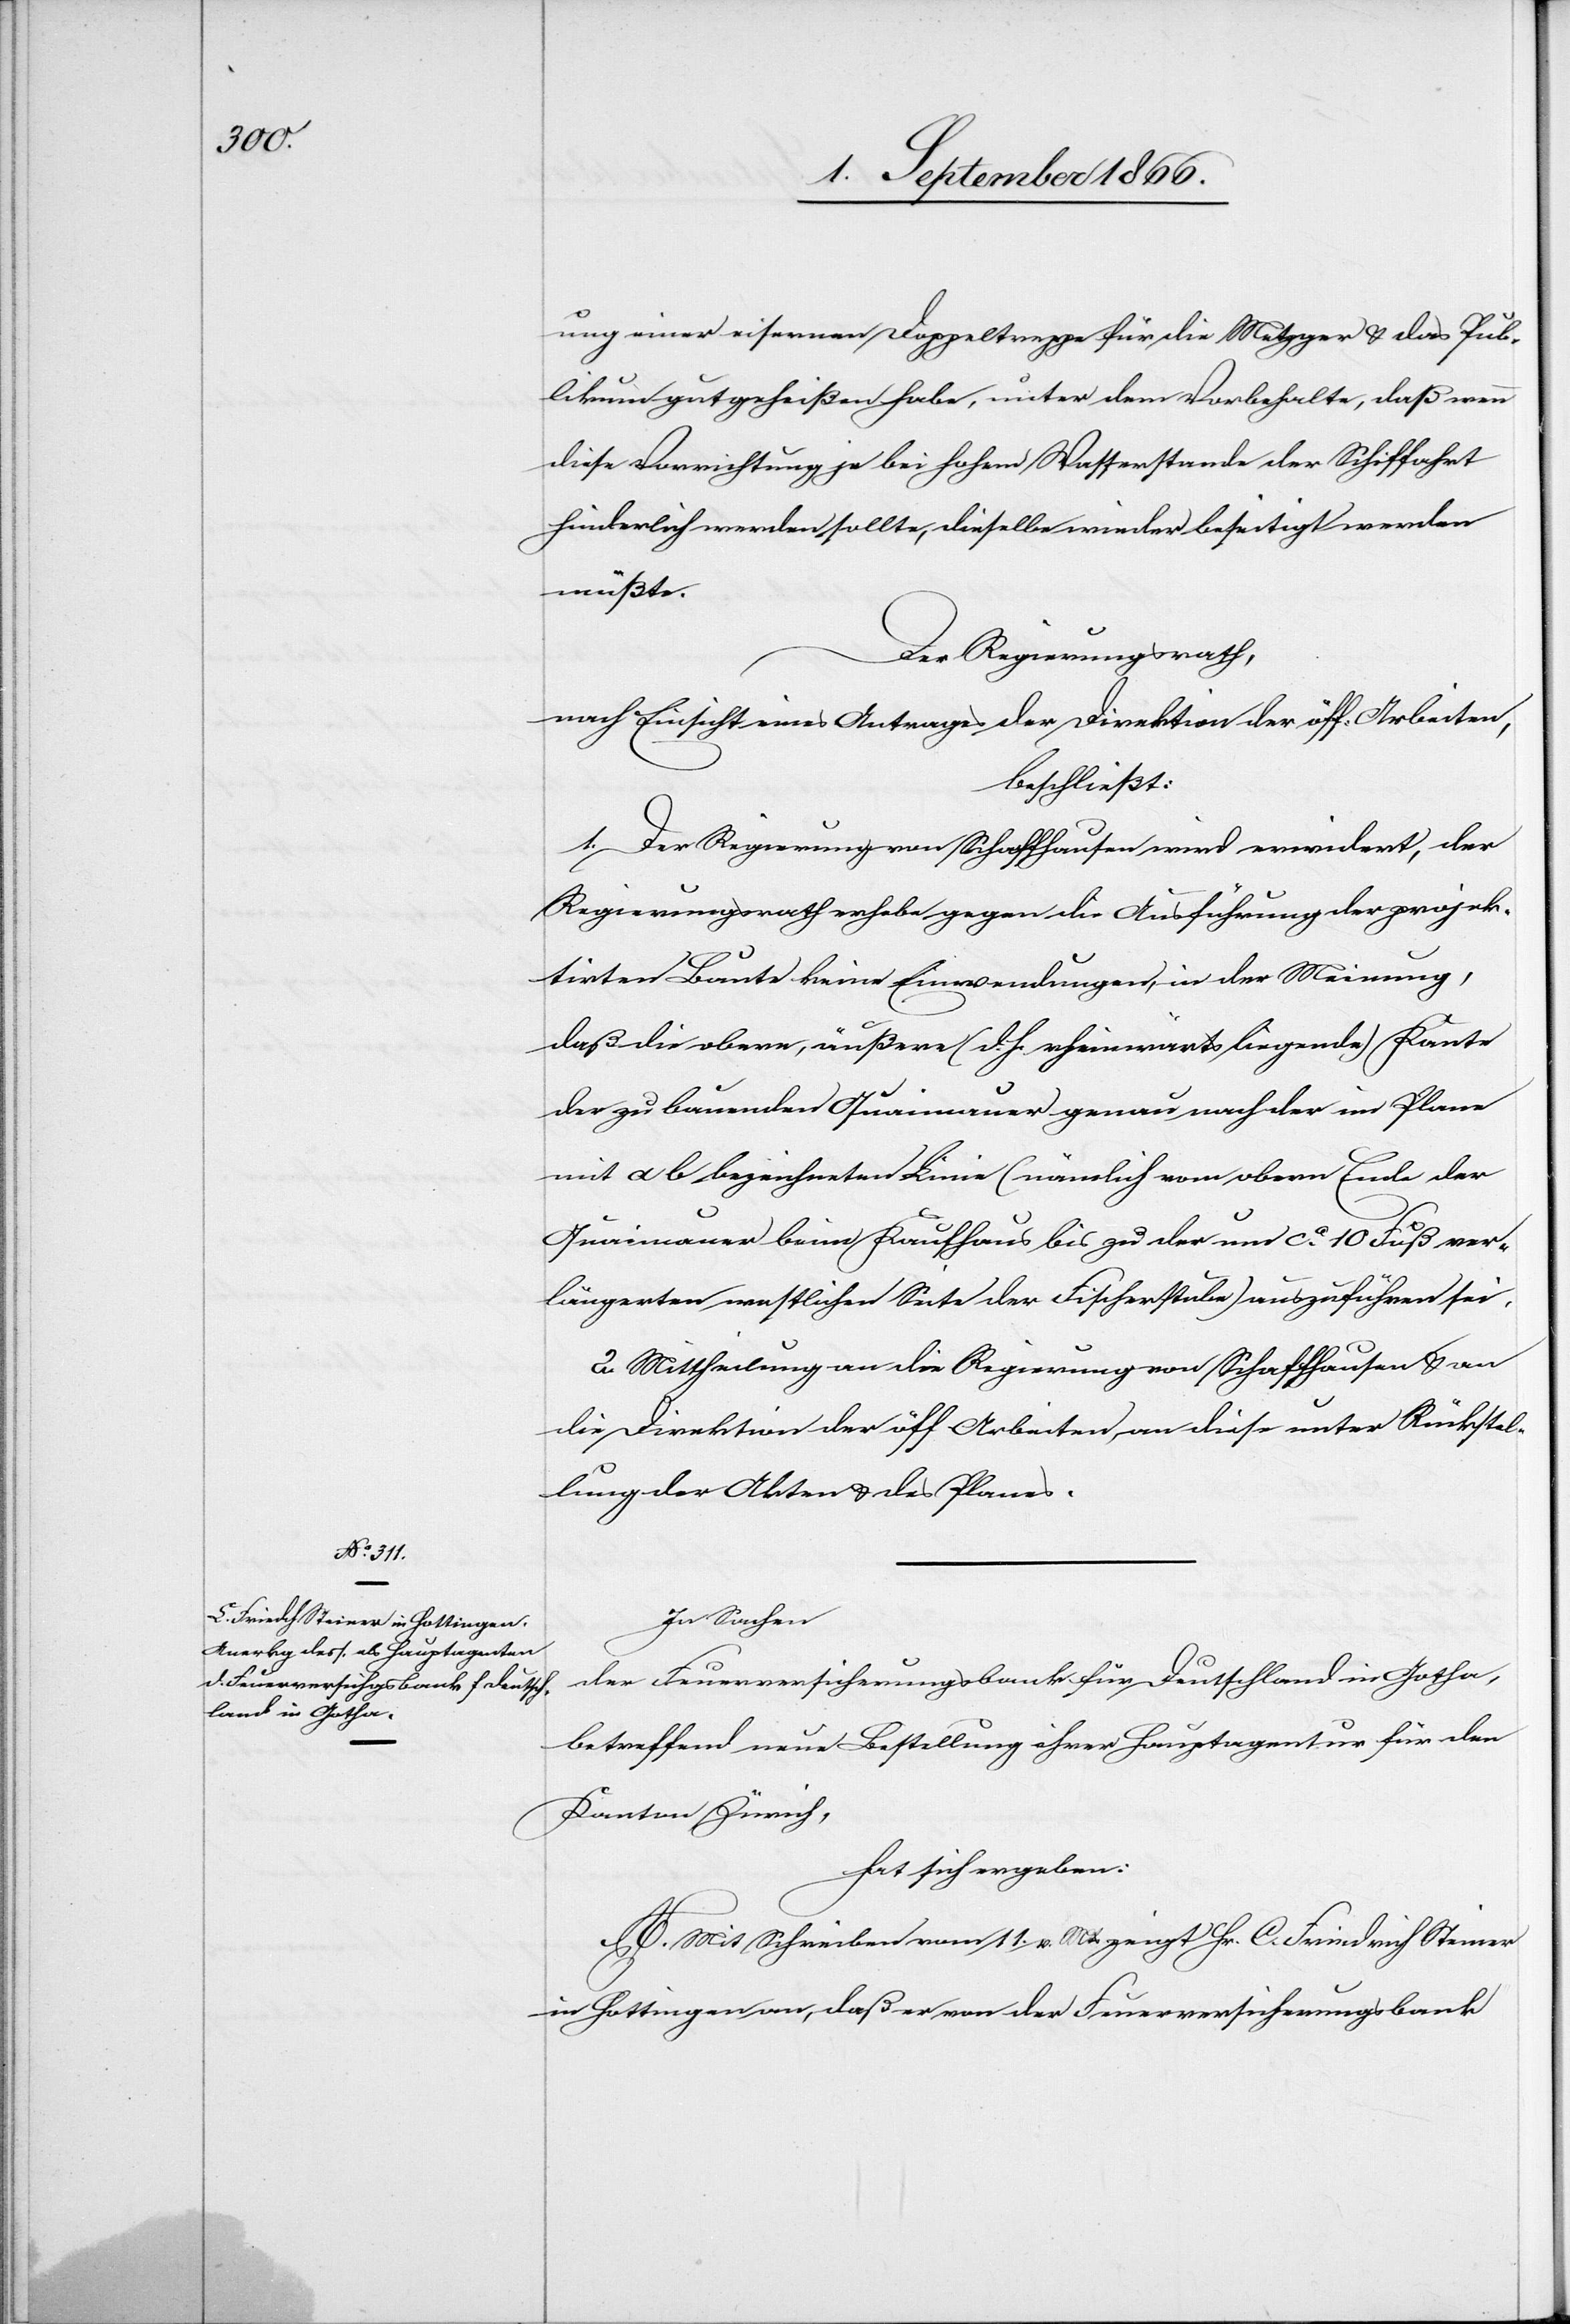
ung einer eisernen Doppeltreppe für die Metzger u. das Pub¬
likum gutgeheißen habe, unter dem Vorbehalte, daß wenn
diese Vorrichtung je bei hohem Wasserstande der Schiffahrt
hinderlich werden sollte, dieselbe wieder beseitigt werden
müßte.
Der Regierungsrath,
nach Einsicht eines Antrages der Direktion der öff. Arbeiten,
beschließt:
1. Der Regierung von Schaffhausen wird erwiedert, der
Regierungsrath erhebe gegen die Ausführung der projek¬
tirten Baute keine Einwendungen, in der Meinung,
daß die obere, äußere (d. h. rheinwärts liegende) Kante
der zu bauenden Quaimauer genau nach der im Plane
mit a b bezeichneten Linie (nämlich vom obern Ende der
Quaimauer) beim Kaufhaus bis zu der um ca. 10 Fuß ver¬
längerten westlichen Seite der Fischerstube auszuführen sei.
2. Mittheilung an die Regierung von Schaffhausen u. an
die Direktion der öff. Arbeiten, an diese unter Rückstel¬
lung der Akten u. des Planes.
In Sachen
der Feuerversicherungsbank für Deutschland in Gotha,
betreffend neue Bestellung ihrer Hauptagentur für den
Kanton Zürich,
hat sich ergeben:
A. Mit Schreiben vom 11. v. Mts zeigt Hr. C. Friedrich Steiner
in Hottingen an, daß er von der Feuerversicherungsbank